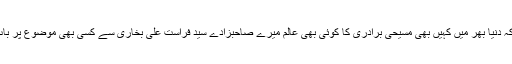
اور میرا دعویٰ ہے کہ دنیا بھر میں کہیں بھی مسیحی برادری کا کوئی بھی عالم میرے صاحبزادے سید فراست علی بخاری سے کسی بھی موضوع پر بات چیت کر سکتا ہے۔